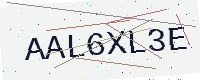
Text: AAL6XL3E